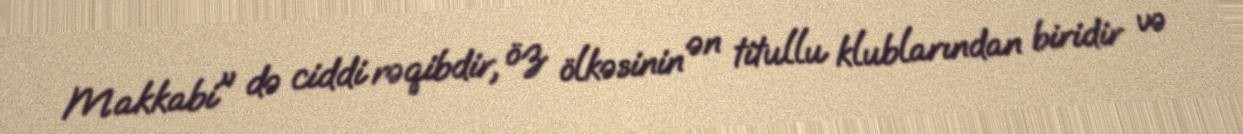
Makkabi" də ciddi rəqibdir, öz ölkəsinin ən titullu klublarından biridir və